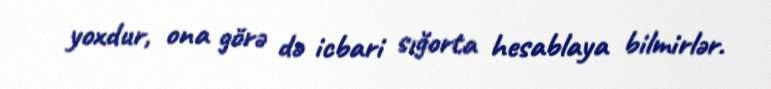
yoxdur, ona görə də icbari sığorta hesablaya bilmirlər.